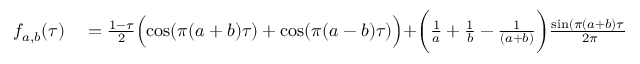
\begin{array} { r l } { f _ { a , b } ( \tau ) } & { { } = \frac { 1 - \tau } { 2 } \Bigl ( \cos ( \pi ( a + b ) \tau ) + \cos ( \pi ( a - b ) \tau ) \Bigr ) + \biggr ( \frac { 1 } { a } + \frac { 1 } { b } - \frac { 1 } { ( a + b ) } \biggr ) \frac { \sin ( \pi ( a + b ) \tau ) } { 2 \pi } } \end{array}